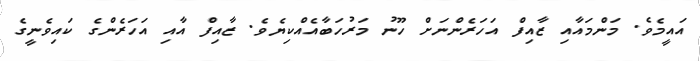
އައީމެވެ. މަންމައާއި ޒާއިފް އަހަރެންނަށް ހޫނު މަރުހަބާއެއްކިޔެވެ. ޒާއިފް އާއި އަހަރެންގެ ކައިވެނީގެ